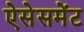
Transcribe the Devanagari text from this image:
ऐसेसमेंट